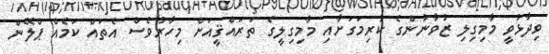
ވިދާޅުވީ މާމިގިލި ޒުވާނުންގެ ކުރިމަގަށާއި މާމިގިލީގެ ތަރައްޤީއަށް މިހާރުވެސް އެތައް ކަމެއް ޕްލޭން